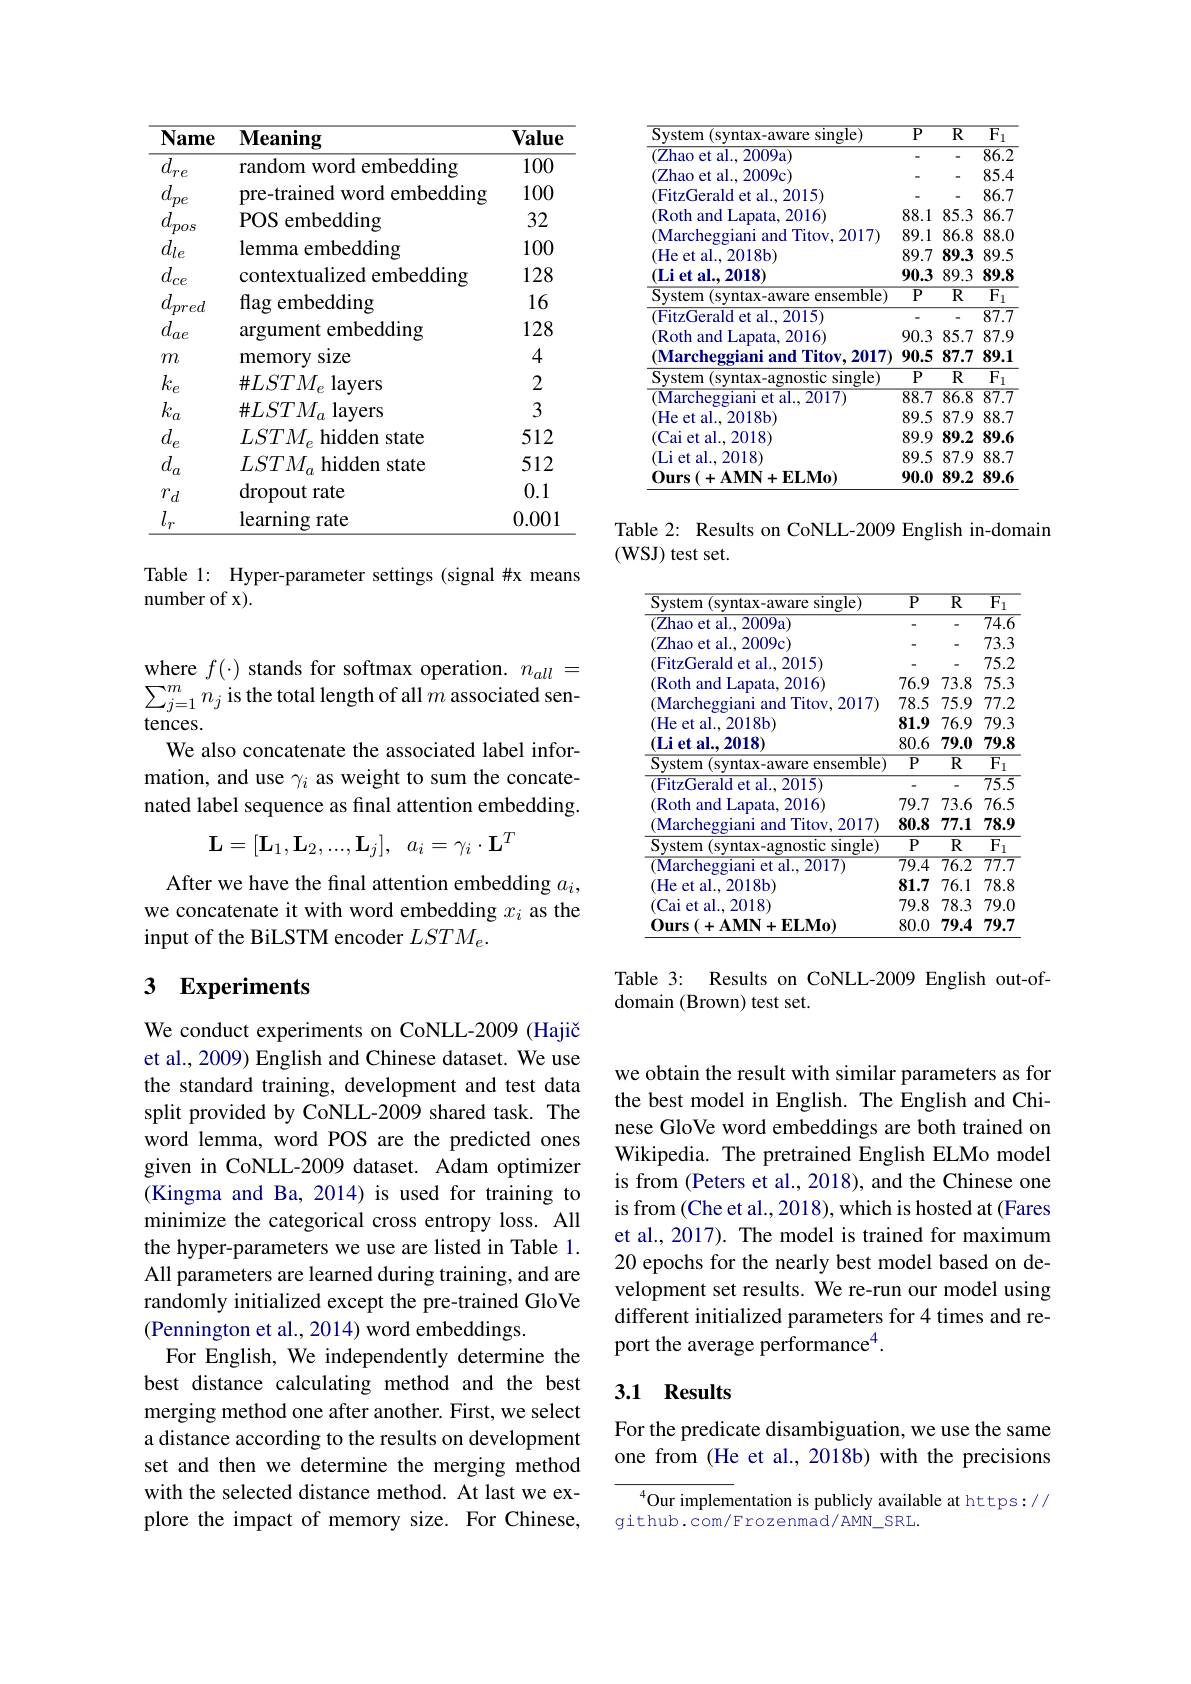
<table>
	<tbody>
		<tr>
			<th>$\overline{\textbf{Name}}$</th>
			<th>$\mathbf{Meaning}$</th>
			<th>Value</th>
		</tr>
		<tr>
			<td>$\overline{d_{re}}$</td>
			<td>random word embedding</td>
			<td>100</td>
		</tr>
		<tr>
			<td>$d$ $pe$</td>
			<td>pre-trained word embedding</td>
			<td>100</td>
		</tr>
		<tr>
			<td>$d$ pos</td>
			<td>$POS$ ${\mathrm{~S~embedding}}$</td>
			<td>32</td>
		</tr>
		<tr>
			<td>$d_{le}$</td>
			<td>lemma embedding</td>
			<td>100</td>
		</tr>
		<tr>
			<td>$d_{ce}$</td>
			<td>contextualized embedding</td>
			<td>128</td>
		</tr>
		<tr>
			<td>$d$ $\boldsymbol{pred}$</td>
			<td>flag embedding</td>
			<td>16</td>
		</tr>
		<tr>
			<td>$d_{ae}$</td>
			<td>argument embedding</td>
			<td>128</td>
		</tr>
		<tr>
			<td>$m$</td>
			<td>memory size</td>
			<td>4</td>
		</tr>
		<tr>
			<td>$k_e$</td>
			<td>$\#LSTM_{e}$ layers</td>
			<td>2</td>
		</tr>
		<tr>
			<td>$k_a$</td>
			<td>$\#LSTM_{a}$ lavers</td>
			<td>3</td>
		</tr>
		<tr>
			<td>$d_{e}$</td>
			<td>$LSTM_{\rho}$ hidden state</td>
			<td>512</td>
		</tr>
		<tr>
			<td>$d_{a}$</td>
			<td>$LSTM_{a}$ hidden state</td>
			<td>512</td>
		</tr>
		<tr>
			<td>$r_{d}$</td>
			<td>dropout rate</td>
			<td>0.1</td>
		</tr>
		<tr>
			<td>$\overset{'}{r}$</td>
			<td>learning rate</td>
			<td>0.001</td>
		</tr>
	</tbody>
</table>

Table 1: Hyper-parameter settings (signal #x means
number of x).

where $f(\cdot)$ stands for softmax operation. $n_all=$ $\sum_{j=1}^{m}n_{j}$ is the total length of all $m$ associated sentences.
We also concatenate the associated label information, and use $\gamma_i$ as weight to sum the concatenated label sequence as final attention embedding.
$$\mathbf L=[\mathbf L_1,\mathbf L_2,...,\mathbf L_j],\:a_i=\gamma_i\cdot\mathbf L^T$$
After we have the final attention embedding $a_i$, we concatenate it with word embedding $x_i$ as the input of the BiLSTM encoder $LSTM_e.$

### 3 $\mathbf{Experiments}$

We conduct experiments on CoNLL-2009 (Hajič et al., 2009) English and Chinese dataset. We use the standard training, development and test data split provided by CoNLL-2009 shared task. The word lemma, word POS are the predicted ones given in CoNLL-2009 dataset. Adam optimizer (Kingma and Ba, 2014) is used for training to minimize the categorical cross entropy loss. All the hyper-parameters we use are listed in Table 1. All parameters are learned during training, and are randomly initialized except the pre-trained GloVe (Pennington et al., 2014) word embeddings.
For English, We independently determine the best distance calculating method and the best merging method one after another. First, we select a distance according to the results on development set and then we determine the merging method with the selected distance method. At last we explore the impact of memory size. For Chinese,

<table>
	<tbody>
		<tr>
			<th>System ( syntax- aware single) </th>
			<th>$\overline{\mathbf{P}}$</th>
			<th>$\overline{\mathbb{R}}$</th>
			<th>$\overline{{\mathrm{F}_{1}}}$</th>
		</tr>
		<tr>
			<td>(Zhao et al., 2009a)</td>
			<td>-</td>
			<td>-</td>
			<td>$\overline{86.2}$</td>
		</tr>
		<tr>
			<td>(Zhao et al., 2009c)</td>
			<td>-</td>
			<td>-</td>
			<td>85.4 -</td>
		</tr>
		<tr>
			<td>(FitzGerald et al., 2015)</td>
			<td>-</td>
			<td>-</td>
			<td>86.7</td>
		</tr>
		<tr>
			<td>(Roth and Lapata, 2016)</td>
			<td>88.1 </td>
			<td>85.3</td>
			<td>86.7</td>
		</tr>
		<tr>
			<td>(Marcheggiani and Titov, 2017)</td>
			<td>89.1</td>
			<td>86.8</td>
			<td>88.0</td>
		</tr>
		<tr>
			<td>(He et al..2018b)</td>
			<td>89.7</td>
			<td>89.3</td>
			<td>89.5</td>
		</tr>
		<tr>
			<td>$( \textbf{Li et al. . 2018}$</td>
			<td>90.3</td>
			<td>89.3</td>
			<td>89.8 </td>
		</tr>
		<tr>
			<td>System (syntax-aware ensemble)</td>
			<td>$\overline{\mathbf{P}}$</td>
			<td>$\overline{\mathbb{R}}$</td>
			<td>$\overline{{\mathrm{F}_{1}}}$</td>
		</tr>
		<tr>
			<td>FitzGerald et al. , 2015) </td>
			<td>-</td>
			<td>-</td>
			<td>$\overline{87.7}$</td>
		</tr>
		<tr>
			<td>(Roth and Lapata, 2016)</td>
			<td>90.3</td>
			<td>85.7</td>
			<td>87.9</td>
		</tr>
		<tr>
			<td>(Marcheggiani and Titov.2017</td>
			<td>90.5</td>
			<td>87.7</td>
			<td>89.1</td>
		</tr>
		<tr>
			<td>System (syntax-agnostic single)</td>
			<td>$P$</td>
			<td>R</td>
			<td>$\overline{{\mathrm{F}_{1}}}$ </td>
		</tr>
		<tr>
			<td>$$($Marcheggiani et al., 2017)$</td>
			<td>$\overline{88.7}$</td>
			<td>$\overline{86.8}$</td>
			<td>$\overline{87.7}$</td>
		</tr>
		<tr>
			<td>(He et al., 2018b)</td>
			<td>89.5</td>
			<td>87.9</td>
			<td>88.7</td>
		</tr>
		<tr>
			<td>(Cai et al., 2018)</td>
			<td>89.9</td>
			<td>89.2</td>
			<td>89.6</td>
		</tr>
		<tr>
			<td>(Li et al.,2018</td>
			<td>89.5</td>
			<td>87.9</td>
			<td>88.7</td>
		</tr>
		<tr>
			<td>$\mathbf{Ours}\left(+\mathbf{AMN}+\mathbf{ELMo}\right)$</td>
			<td>90.0</td>
			<td>89.2</td>
			<td>89.6</td>
		</tr>
	</tbody>
</table>

Table 2: Results on CoNLL-2009 English in-domain
(WSJ) test set.

<table>
	<tbody>
		<tr>
			<th>System ( syntax- aware single) </th>
			<th>${\overline{P}}$</th>
			<th>$\overline{\mathbb{R}}$</th>
			<th>$\overline{F_{1}}$ 1</th>
		</tr>
		<tr>
			<td>(Zhao et al., 2009a</td>
			<td>-</td>
			<td>-</td>
			<td>$\overline{74.6}$</td>
		</tr>
		<tr>
			<td>(Zhao et al., 2009c)</td>
			<td>一</td>
			<td>-</td>
			<td>73.3</td>
		</tr>
		<tr>
			<td>(FitzGerald et al., 2015)</td>
			<td>一</td>
			<td>-</td>
			<td>75.2</td>
		</tr>
		<tr>
			<td>(Roth and Lapata, 2016)</td>
			<td>76.9</td>
			<td>73.8</td>
			<td>75.3</td>
		</tr>
		<tr>
			<td>(Marcheggiani and Titov, 2017)</td>
			<td>78.5</td>
			<td>75.9</td>
			<td>77.2</td>
		</tr>
		<tr>
			<td>(He et al., 2018b)</td>
			<td>81.9</td>
			<td>76.9</td>
			<td>79.3</td>
		</tr>
		<tr>
			<td>$( \textbf{Li et al. . 2018})$</td>
			<td>80.6</td>
			<td>79.0</td>
			<td>79.8</td>
		</tr>
		<tr>
			<td>System (syntax-aware ensemble)</td>
			<td>${\overline{P}}$</td>
			<td>$\overline{\mathbb{R}}$</td>
			<td>$\overline{{F_{1}}}$</td>
		</tr>
		<tr>
			<td>FitzGerald et al., 2015)</td>
			<td>-</td>
			<td>-</td>
			<td>$\overline{75.5}$</td>
		</tr>
		<tr>
			<td>(Roth and Lapata, 2016)</td>
			<td>79.7</td>
			<td>73.6</td>
			<td>76.5</td>
		</tr>
		<tr>
			<td>(Marcheggiani i and Titov, 2017)</td>
			<td>80.8</td>
			<td>77.1</td>
			<td>78.9</td>
		</tr>
		<tr>
			<td>System n ( syntax- agnostic single) </td>
			<td>$P$</td>
			<td>$\overline{\mathbb{R}}$</td>
			<td>$\overline{F}$ 1</td>
		</tr>
		<tr>
			<td>(Marcheggiani et al.,2017)</td>
			<td>$\overline{79.4}$</td>
			<td>$\overline{76.2}$</td>
			<td>$\overline{77.7}$</td>
		</tr>
		<tr>
			<td>(He et al., 2018b)</td>
			<td>81.7</td>
			<td>76.1</td>
			<td>78.8</td>
		</tr>
		<tr>
			<td>(Cai et al., 2018</td>
			<td>79.8</td>
			<td>78.3</td>
			<td>79.0</td>
		</tr>
		<tr>
			<td>Ours$\left ( + \mathbf{AMN}+ \mathbf{ELMo}\right )$</td>
			<td>80.0</td>
			<td>79.4</td>
			<td>79.7</td>
		</tr>
	</tbody>
</table>

Table 3: Results on CoNLL-2009 English out-of-
domain (Brown) test set.

we obtain the result with similar parameters as for the best model in English. The English and Chinese GloVe word embeddings are both trained on Wikipedia. The pretrained English ELMo model is from (Peters et al., 2018), and the Chinese one is from (Che et al., 2018), which is hosted at (Fares et al., 2017). The model is trained for maximum 20 epochs for the nearly best model based on development set results. We re-run our model using different initialized parameters for 4 times and report the average performance$^4.$

### 3.1 Results

For the predicate disambiguation, we use the same one from (He et al., 2018b) with the precisions

$^{4}$Our implementation is publicly available at https://
github.com/Frozenmad/AMN_SRL.